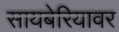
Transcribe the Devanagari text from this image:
सायबेरियावर